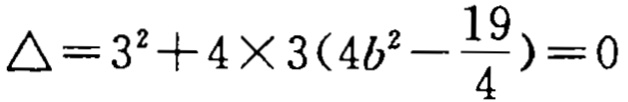
\(\triangle = 3^{2}+4\times3(4b^{2}-\frac{19}{4}) = 0\)